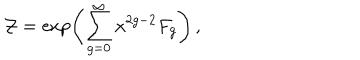
LaTeX: \mathcal { Z } = \exp \left( \sum _ { g = 0 } ^ { \infty } x ^ { 2 g - 2 } F _ { g } \right) \, ,